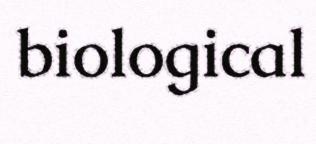
biological